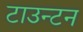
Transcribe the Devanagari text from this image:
टाउन्टन